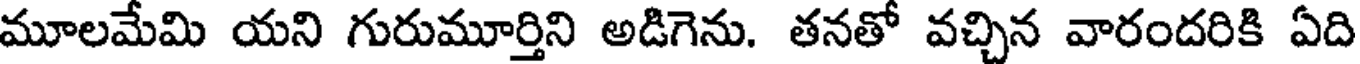
మూలమేమి యని గురుమూర్తిని అడిగెను. తనతో వచ్చిన వారందరికి ఏది